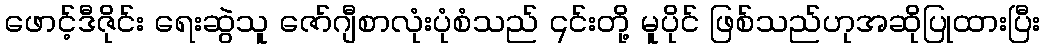
ဖောင့်ဒီဇိုင်း ရေးဆွဲသူ ဇော်ဂျီစာလုံးပုံစံသည် ၎င်းတို့ မူပိုင် ဖြစ်သည်ဟုအဆိုပြုထားပြီး